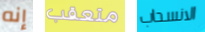
إنه متعقب الانسحاب